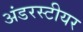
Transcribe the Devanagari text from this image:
अंडरस्टीयर